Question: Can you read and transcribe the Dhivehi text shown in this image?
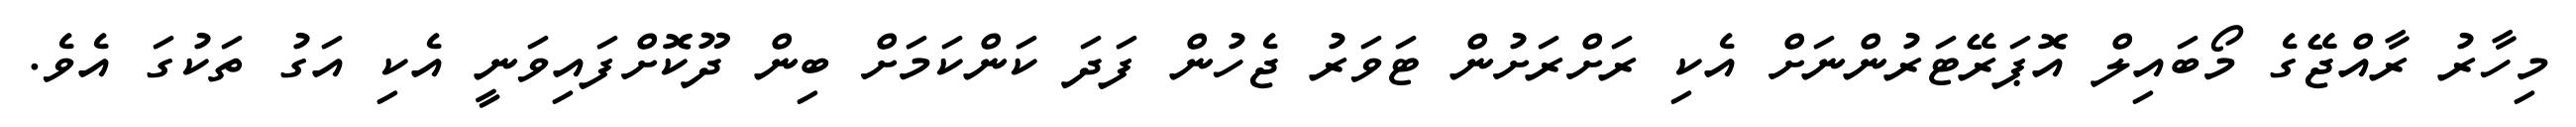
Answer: މިހާރު ރާއްޖޭގެ މޯބައިލް އޮޕަރޭޓަރުންނަށް އެކި ރަށްރަށުން ޓަވަރު ޖެހުން ފަދަ ކަންކަމަށް ބިން ދޫކޮށްފައިވަނީ އެކި އަގު ތަކުގަ އެވެ.